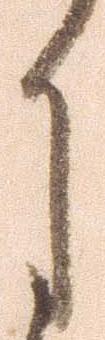
月